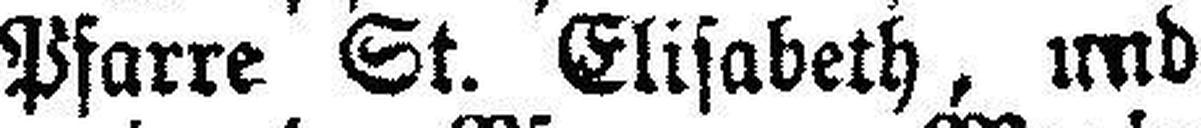
Ingenieurs=Assistentenwaise in der Pfarre St. Elisabeth, und